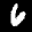
Digit: 6